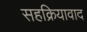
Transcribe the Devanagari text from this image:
सहक्रियावाद